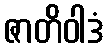
ဇာတိဝါဒံ